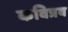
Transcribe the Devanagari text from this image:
कवित्रय